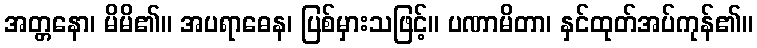
အတ္တနော၊ မိမိ၏။ အပရာဓေန၊ ပြစ်မှားသဖြင့်။ ပဏာမိတာ၊ နှင်ထုတ်အပ်ကုန်၏။